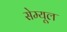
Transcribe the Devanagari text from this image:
सेम्यूल